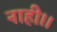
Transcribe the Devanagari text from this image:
नाही।।